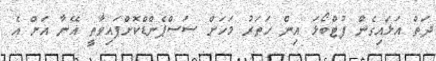
ދަތް އަޅައިގެން ފުޓްބޯޅަ އިން ހަތަރު މަހަށް ސަސްޕެންޑްކޮށްފައިވާތީ އޭނާ އަށް އެ